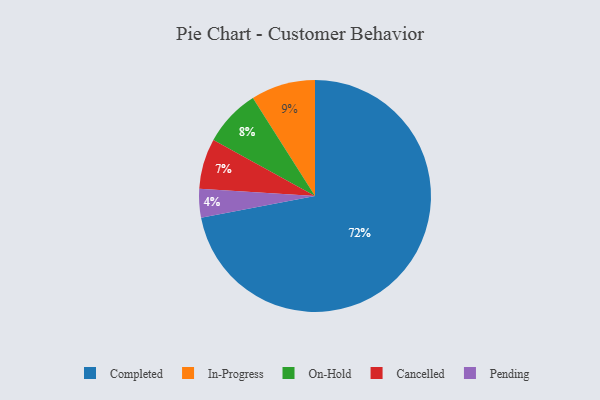
{"axis": {"x": "Category", "y": "Percentage"}, "legend": ["Cancelled", "Completed", "In-Progress", "On-Hold", "Pending"], "data": [{"x": "Cancelled", "y": 7, "type": "Cancelled"}, {"x": "On-Hold", "y": 8, "type": "On-Hold"}, {"x": "Completed", "y": 72, "type": "Completed"}, {"x": "Pending", "y": 4, "type": "Pending"}, {"x": "In-Progress", "y": 9, "type": "In-Progress"}]}